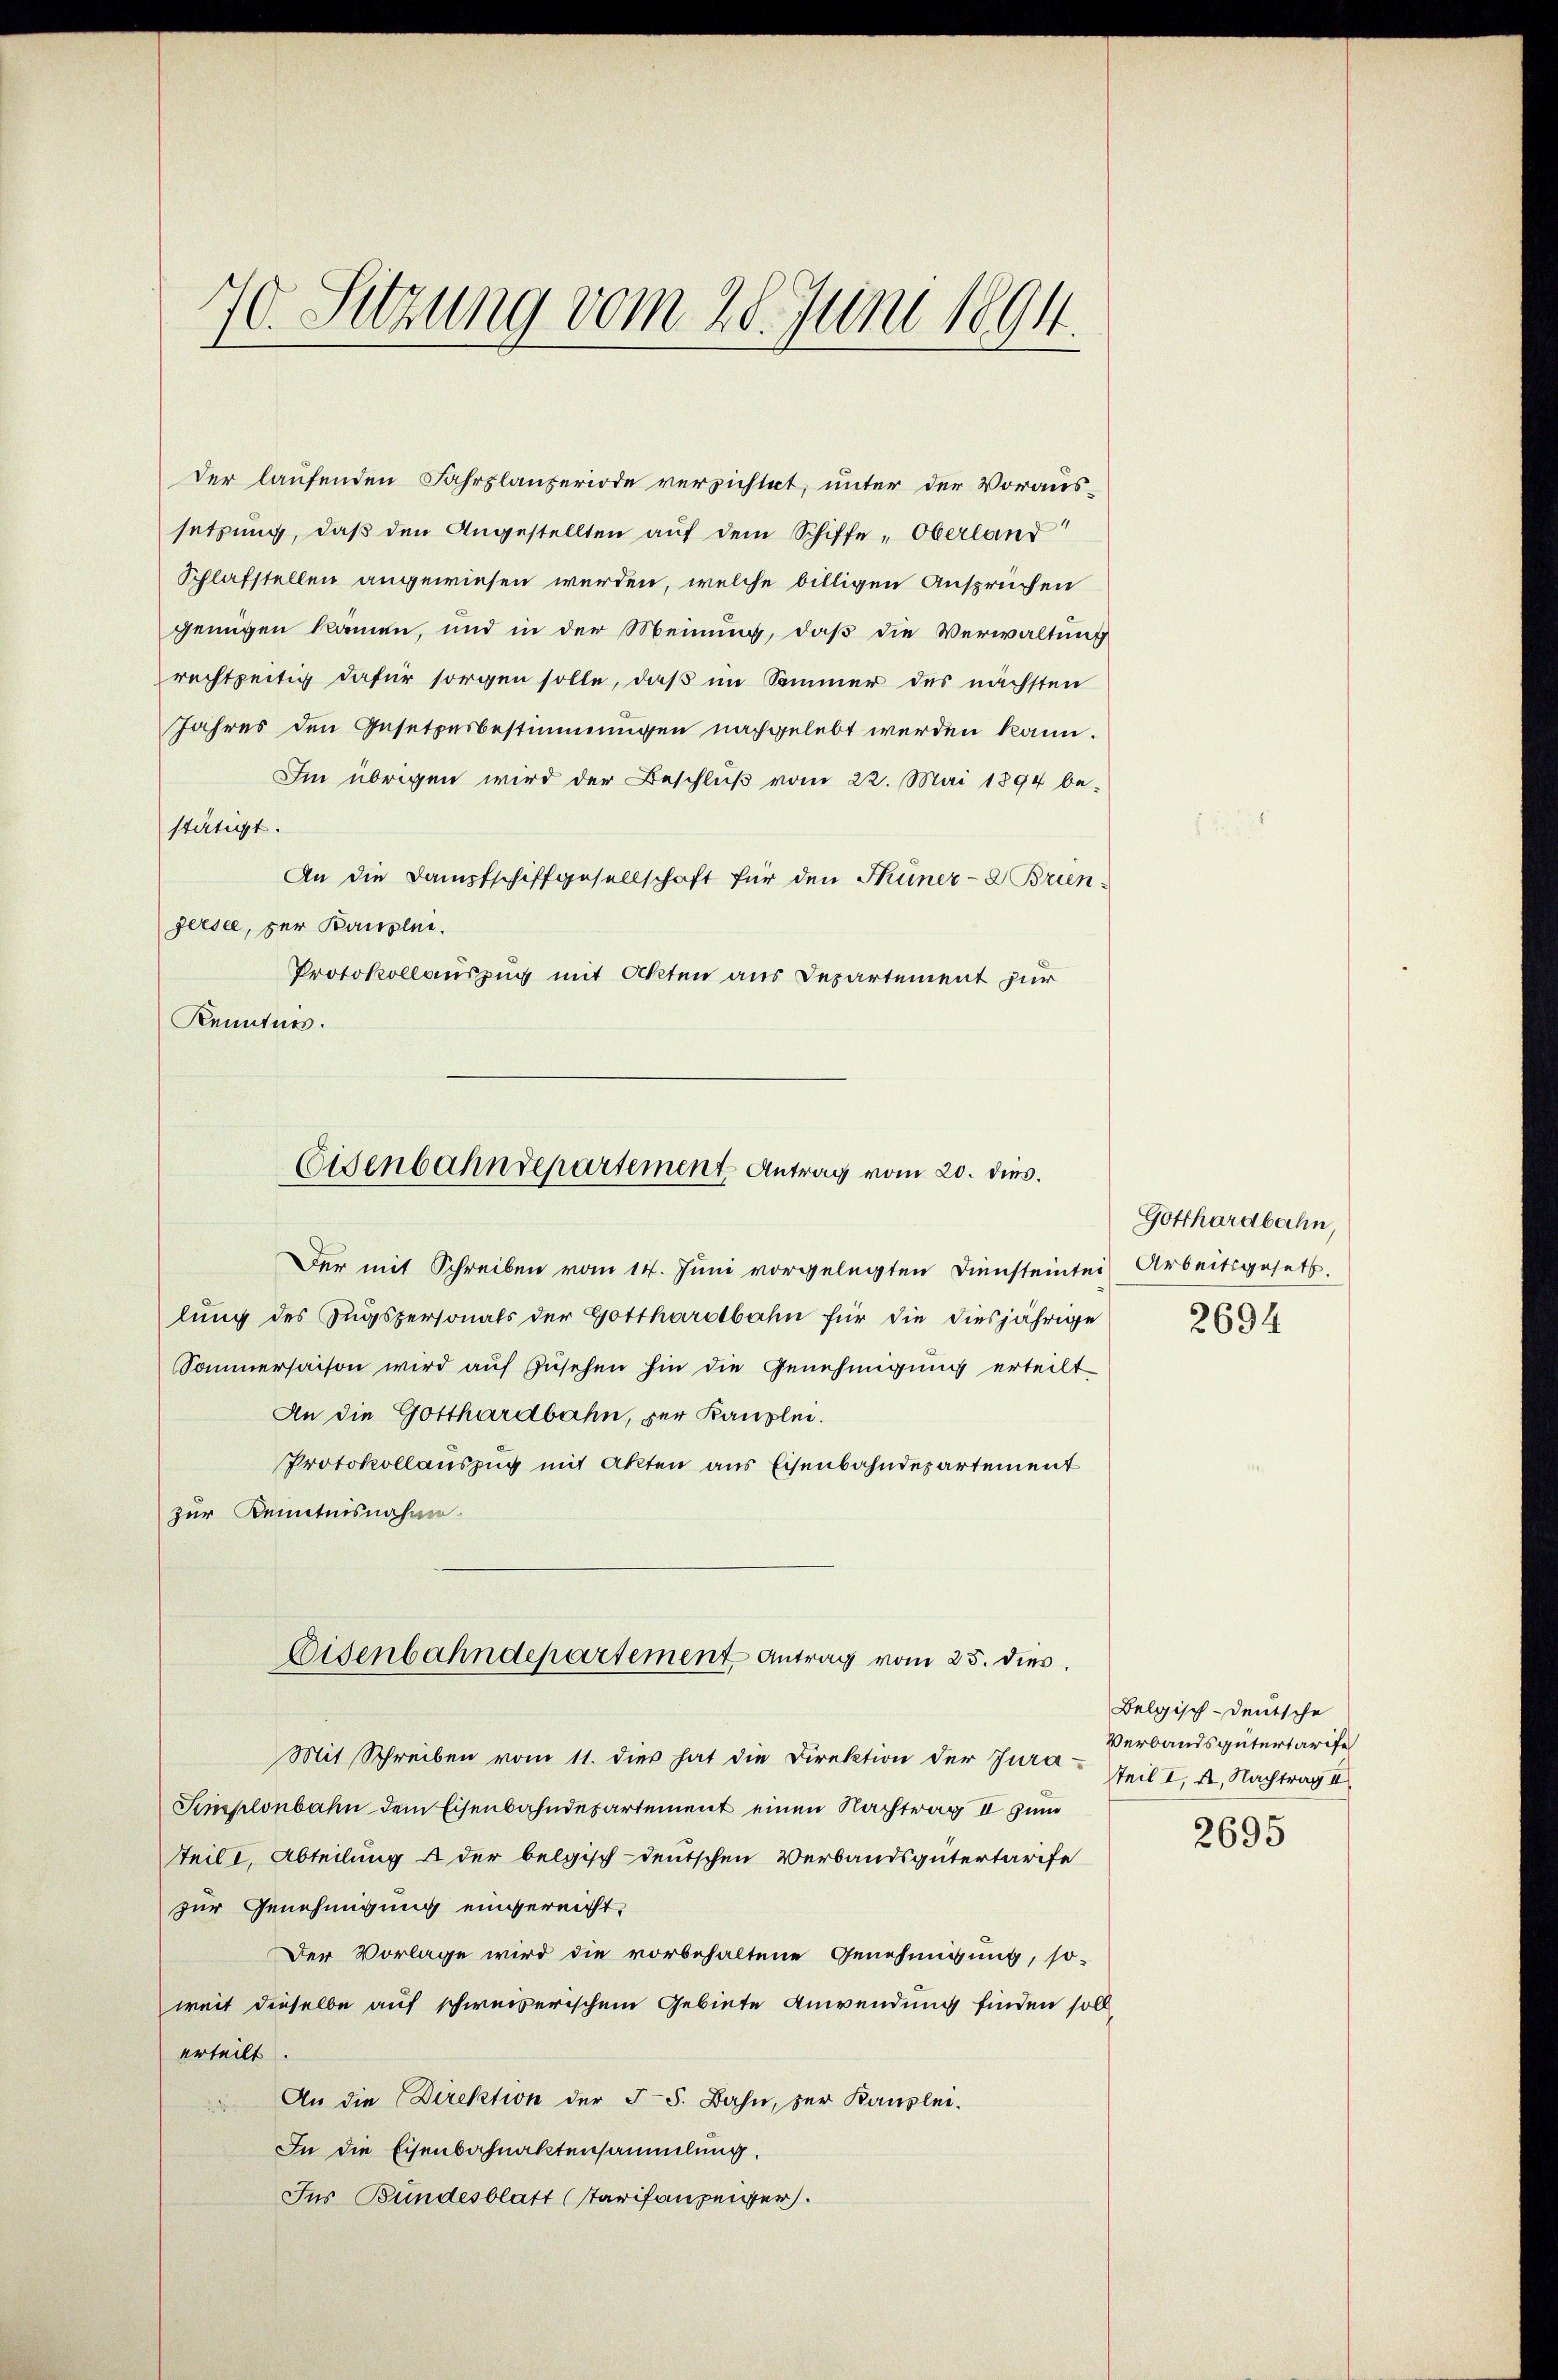
70. Sitzung vom 28. Juni 1894.

Der laufenden Fahrplänzeriode verzichtet, unter der Voraussetzung, daß den Angestellten aŭf dem Schiffe Oberland
Schlafstellen angewiesen werden, welche billigen Ansprüchen
genügen können, und in der Meinung, daß die Verwaltung
rechtzeitig dafür sorgen solle, daß im Sommer des nächsten
Jahres den Gesetzesbestimmungen nachgelebt werden kann.
Im übrigen wird der Beschlŭβ vom 22. Mai 1894 be-
stätigt.
An die Dampfschiffgesellschaft für den Thuner- Brien-
geesee, per Kanzlei.
Protokollauszug mit Akten aus Departement zur
Kenntur.
Der mit Schreiben vom 14. Juni vorgelegten Diensteinter Arbeitsgesetz
lung des Zugspersonals der Gotthardbahn für die diesjährige
Sommersaison wird auf Zusehen hin die Genehmigung erteilt
An die Gotthardbahn, zur Kanzlei.
Protokollauszug mit Akten aus Eisenbahndepartement
zur Kenntnisnahme.
Eisenbahndepartement Antrag vom 25. dies
Mit Schreiben vom 11. dies hat die Direktion der Jura-Teil I. 4. Nachtrag II
Simplonbahn dem Eisenbahndepartement einen Nachtrag II zum
steile, Abteilung & der belgisch-deutschen Verbandsgütertarife
zur Genehmigung eingereicht,
Der Vorlage wird die vorbehaltene Genehmigung, so-
weit dieselbe auf schweizerischem Gebiete Anwendung finden soll
erteilt.
An die Direktion der 55. Bahn, zur Kanzlei-
In die Eisenbahnaktensammlung.
Ins Bundesblatt (Tarifanzeiger.

Eisenbahndepartement. Antrag vom 20. dies

Gotthardbahn,

2694

Belgisch-deutsche
Verbandsgütertarife

2695